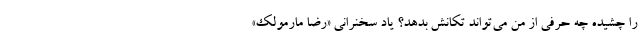
را چشیده چه حرفی از من می‌تواند تکانش بدهد؟ یاد سخنرانی «رضا مارمولک»